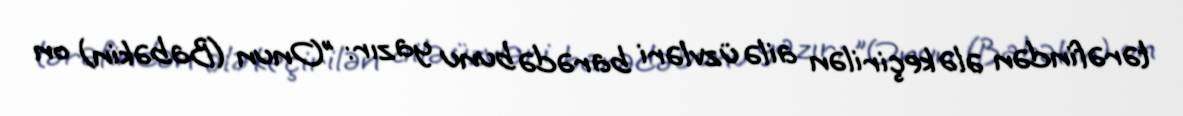
tərəfindən ələ keçirilən ailə üzvləri barədə bunu yazır: "Onun (Babəkin) on